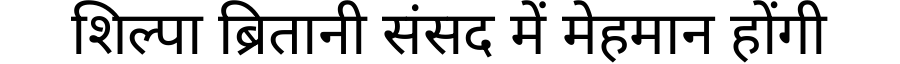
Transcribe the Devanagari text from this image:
शिल्पा ब्रितानी संसद में मेहमान होंगी